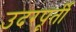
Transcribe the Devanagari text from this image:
उदरपूर्ती